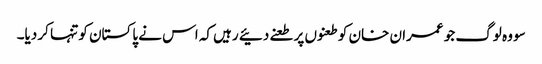
سو وہ لوگ جو عمران خان کو طعنوں پر طعنے دئیے رہیں کہ اس نے پاکستان کو تنہا کر دیا۔